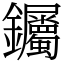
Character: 钃